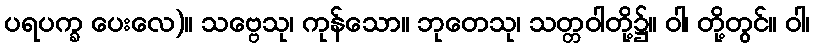
ပရပက္ခ ပေးလေ)။ သဗ္ဗေသု၊ ကုန်သော။ ဘုတေသု၊ သတ္တဝါတို့၌။ ဝါ၊ တို့တွင်။ ဝါ၊